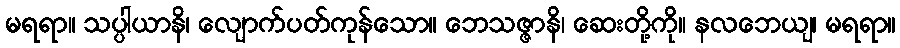
မရရာ။ သပ္ပါယာနိ၊ လျောက်ပတ်ကုန်သော။ ဘေသဇ္ဇာနိ၊ ဆေးတို့ကို။ နလဘေယျ၊ မရရာ။